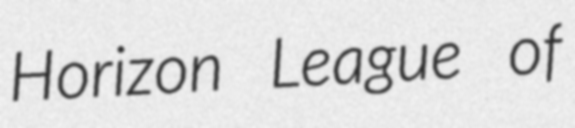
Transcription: Horizon League of